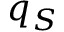
q _ { S }